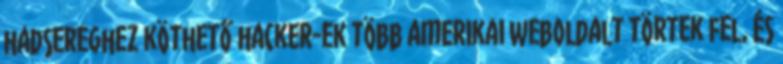
hadsereghez köthető hacker-ek több amerikai weboldalt törtek fel, és